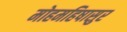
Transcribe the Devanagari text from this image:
मोहमहिषासुर